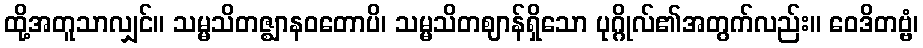
ထို့အတူသာလျှင်။ သမ္မသိတဇ္ဈာနဝတောပိ၊ သမ္မသိတဈာန်ရှိသော ပုဂ္ဂိုလ်၏အတွက်လည်း။ ဝေဒိတဗ္ဗံ၊